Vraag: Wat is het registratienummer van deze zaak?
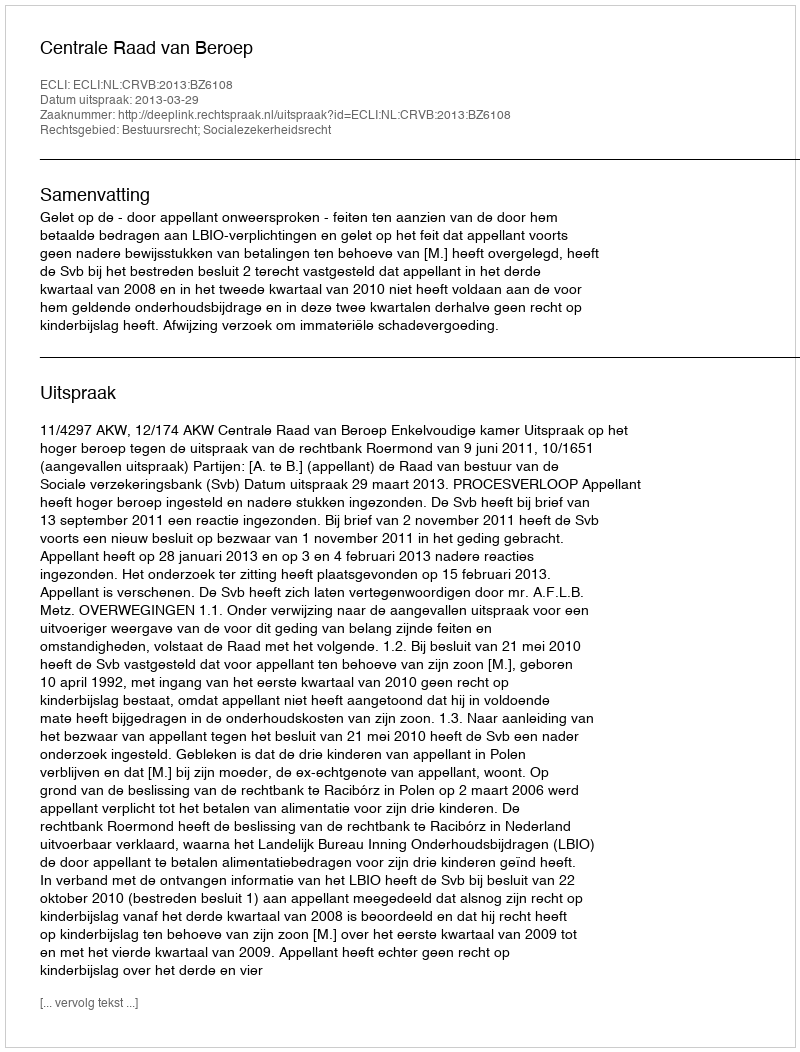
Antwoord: http://deeplink.rechtspraak.nl/uitspraak?id=ECLI:NL:CRVB:2013:BZ6108